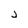
Character: j